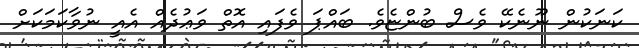
ކަނަކުން ނޫނެކޭ ވެސް ބުންޏެވެ. ބައްޕަ ވެފައި އޮތް ވަޢުދެއް އެއީ ނުވާކަމަކަށް